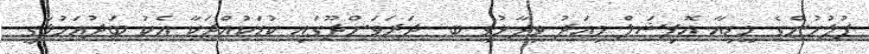
ފުލުހުންގެ މީޑިއާ އޮފިޝަލް މިއަދު ވިދާޅުވީ ބ. ދަރަވަންދޫގައި ކުޑަކުއްޖަކާ އެކު ބަދުއަހުލާގީ